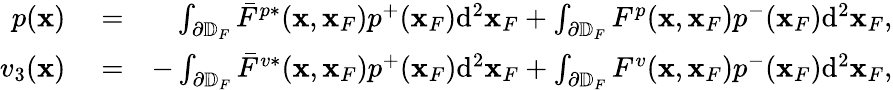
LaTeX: \begin{array}{rlr}{p({\mathbf x})}&{{}=}&{\int_{\partial\mathbb{D}_{F}}\bar{F}^{p*}({\mathbf x},{\mathbf x}_{F})p^{+}({\mathbf x}_{F})\mathrm{d}^{2}{\mathbf x}_{F}+\int_{\partial\mathbb{D}_{F}}F^{p}({\mathbf x},{\mathbf x}_{F})p^{-}({\mathbf x}_{F})\mathrm{d}^{2}{\mathbf x}_{F},}\\ {v_{3}({\mathbf x})}&{{}=}&{-\int_{\partial\mathbb{D}_{F}}\bar{F}^{v*}({\mathbf x},{\mathbf x}_{F})p^{+}({\mathbf x}_{F})\mathrm{d}^{2}{\mathbf x}_{F}+\int_{\partial\mathbb{D}_{F}}F^{v}({\mathbf x},{\mathbf x}_{F})p^{-}({\mathbf x}_{F})\mathrm{d}^{2}{\mathbf x}_{F},}\end{array}